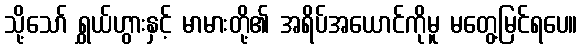
သို့သော် ရွှယ်ဟွားနှင့် မာမားတို့၏ အရိပ်အယောင်ကိုမူ မတွေ့မြင်ရပေ။